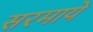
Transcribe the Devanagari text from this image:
सरमाये